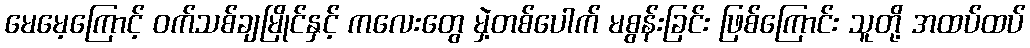
မေမေ့ကြောင့် ဝက်သစ်ချမြိုင်နှင့် ကလေးတွေ မှဲ့တစ်ပေါက် မစွန်းခြင်း ဖြစ်ကြောင်း သူတို့ အထပ်ထပ်